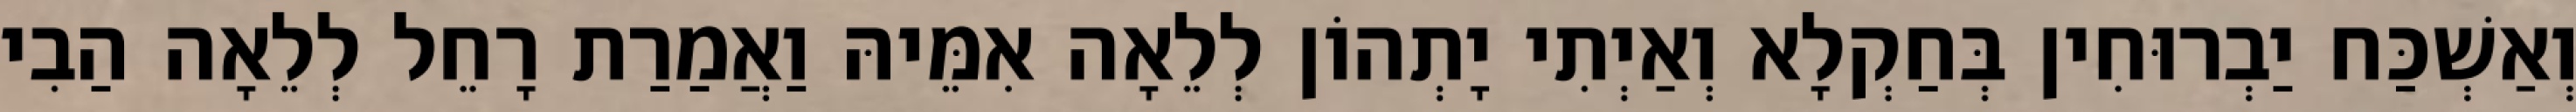
וְאַשְׁכַּח יַבְרוּחִין בְּחַקְלָא וְאַיְתִי יָתְהוֹן לְלֵאָה אִמֵּיהּ וַאֲמַרַת רָחֵל לְלֵאָה הַבִי